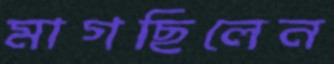
মাগছিলেন